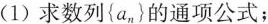
(1)求数列{a_{n}}的通项公式；